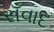
સઁવાદ